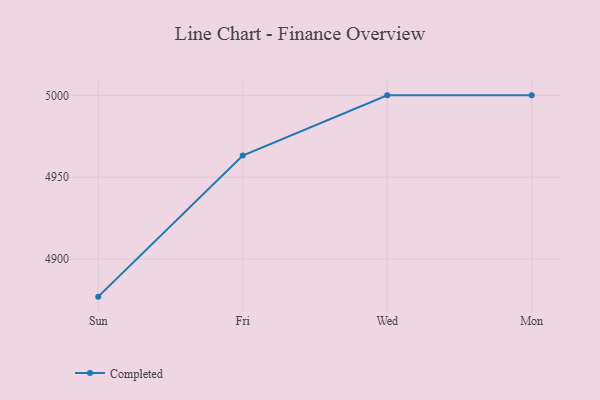
{"axis": {"x": "Day", "y": "Shipments"}, "legend": ["Completed"], "data": [{"x": "Sun", "y": 4877.0, "type": "Completed"}, {"x": "Fri", "y": 4963.2, "type": "Completed"}, {"x": "Wed", "y": 5000, "type": "Completed"}, {"x": "Mon", "y": 5000, "type": "Completed"}]}